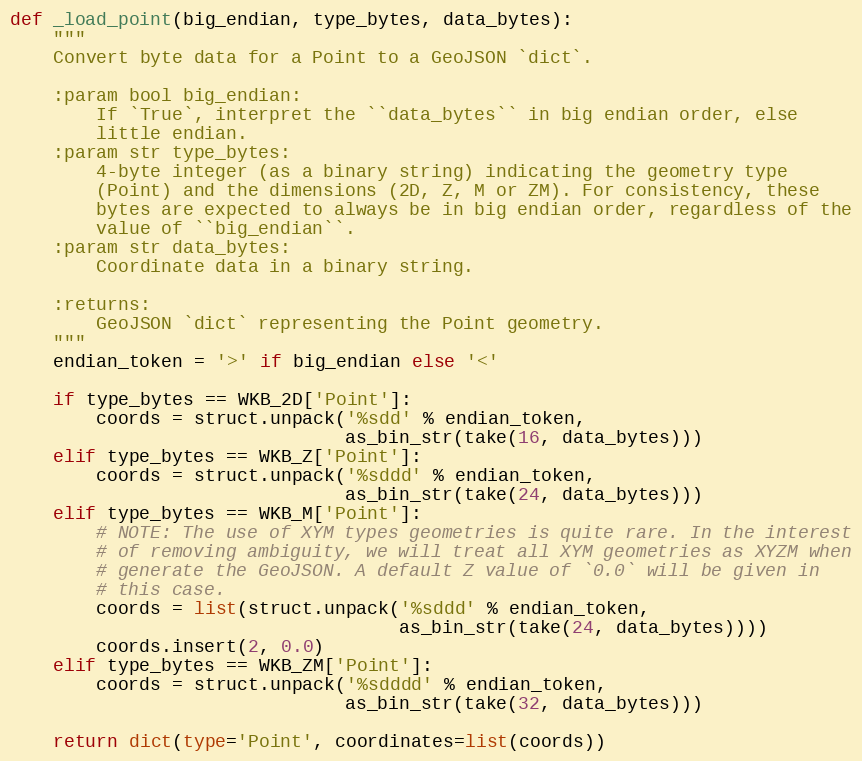
Language: Python
def _load_point(big_endian, type_bytes, data_bytes):
    """
    Convert byte data for a Point to a GeoJSON `dict`.

    :param bool big_endian:
        If `True`, interpret the ``data_bytes`` in big endian order, else
        little endian.
    :param str type_bytes:
        4-byte integer (as a binary string) indicating the geometry type
        (Point) and the dimensions (2D, Z, M or ZM). For consistency, these
        bytes are expected to always be in big endian order, regardless of the
        value of ``big_endian``.
    :param str data_bytes:
        Coordinate data in a binary string.

    :returns:
        GeoJSON `dict` representing the Point geometry.
    """
    endian_token = '>' if big_endian else '<'

    if type_bytes == WKB_2D['Point']:
        coords = struct.unpack('%sdd' % endian_token,
                               as_bin_str(take(16, data_bytes)))
    elif type_bytes == WKB_Z['Point']:
        coords = struct.unpack('%sddd' % endian_token,
                               as_bin_str(take(24, data_bytes)))
    elif type_bytes == WKB_M['Point']:
        # NOTE: The use of XYM types geometries is quite rare. In the interest
        # of removing ambiguity, we will treat all XYM geometries as XYZM when
        # generate the GeoJSON. A default Z value of `0.0` will be given in
        # this case.
        coords = list(struct.unpack('%sddd' % endian_token,
                                    as_bin_str(take(24, data_bytes))))
        coords.insert(2, 0.0)
    elif type_bytes == WKB_ZM['Point']:
        coords = struct.unpack('%sdddd' % endian_token,
                               as_bin_str(take(32, data_bytes)))

    return dict(type='Point', coordinates=list(coords))